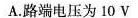
A.路端电压为10V